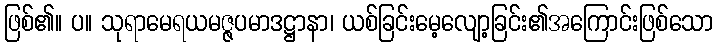
ဖြစ်၏။ ပ။ သုရာမေရယမဇ္ဇပမာဒဋ္ဌာနာ၊ ယစ်ခြင်းမေ့လျော့ခြင်း၏အကြောင်းဖြစ်သော